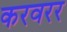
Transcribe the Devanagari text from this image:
करवरर